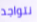
نتواجد